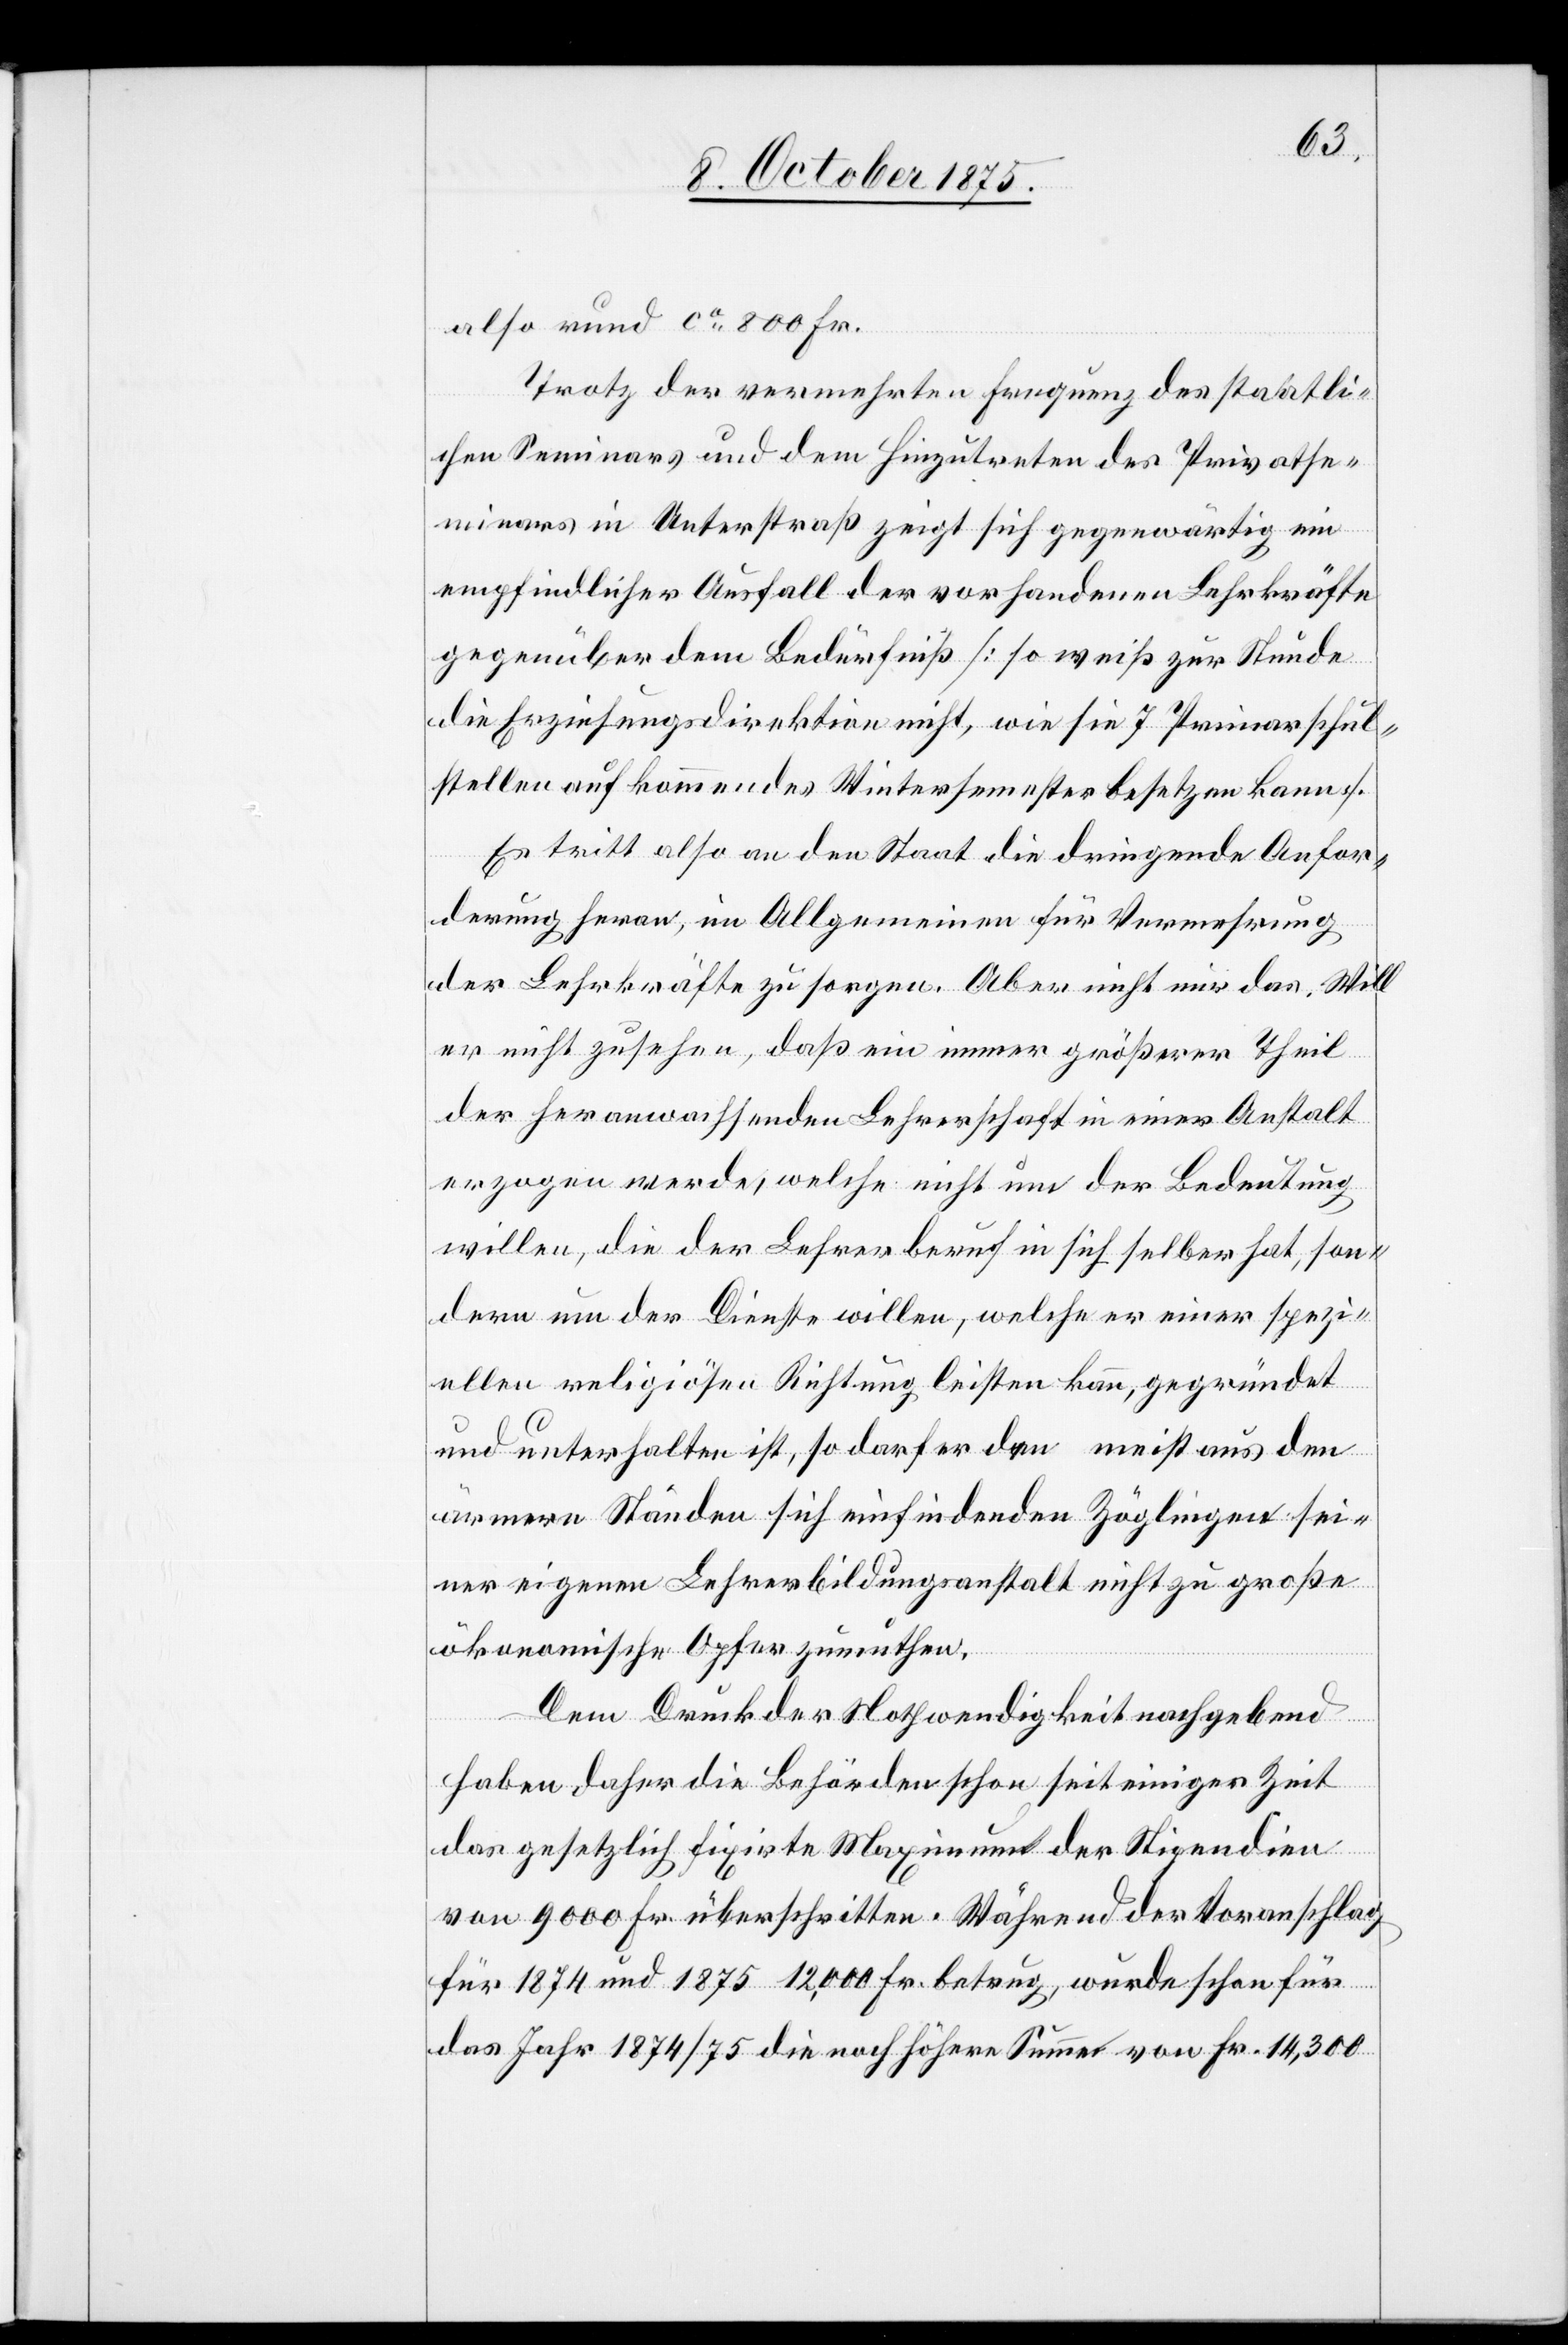
also rund ca 800 Fr.
Trotz der vermehrten Frequenz des staatli¬
chen Seminars und dem Hinzutreten des Privatse¬
minars in Unterstraß zeigt sich gegenwärtig ein
empfindlicher Ausfall der vorhandenen Lehrkräfte
gegenüber dem Bedürfniß [so weiß zur Stunde
die Erziehungsdirektion nicht, wie sie 7 Primarschul¬
stellen auf kommendes Wintersemester besetzen kann].
Es tritt also an den Staat die dringende Anfor¬
derung heran, im Allgemeinen für Vermehrung
der Lehrkräfte zu sorgen. Aber nicht nur das. Will
er nicht zusehen, daß ein immer größerer Theil
der heranwachsenden Lehrerschaft in einer Anstalt
erzogen werde, welche nicht nur der Bedeutung
willen, die der Lehrerberuf in sich selber hat, son¬
dern um der Dienste willen, welche er einer spezi¬
ellen religiösen Richtung leisten kann, gegründet
und unterhalten ist, so darf er den meist aus den
ärmern Ständen sich einfindenden Zöglingen sei¬
ner eigenen Lehrerbildungsanstalt nicht zu große
ökonomische Opfer zumuthen.
Dem Druck der Nothwendigkeit nachgebend
haben daher die Behörden schon seit einiger Zeit
das gesetzlich fixirte Maximum der Stipendien
von 9000 Fr. überschritten. Während der Voranschlag
für 1874 und 1875 12,000 Fr. betrug, wurde schon für
das Jahr 1874/75 die noch höhere Summe von Fr. 14,300